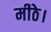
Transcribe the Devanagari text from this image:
मीठे।